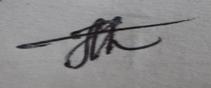
Signature authenticity: genuine